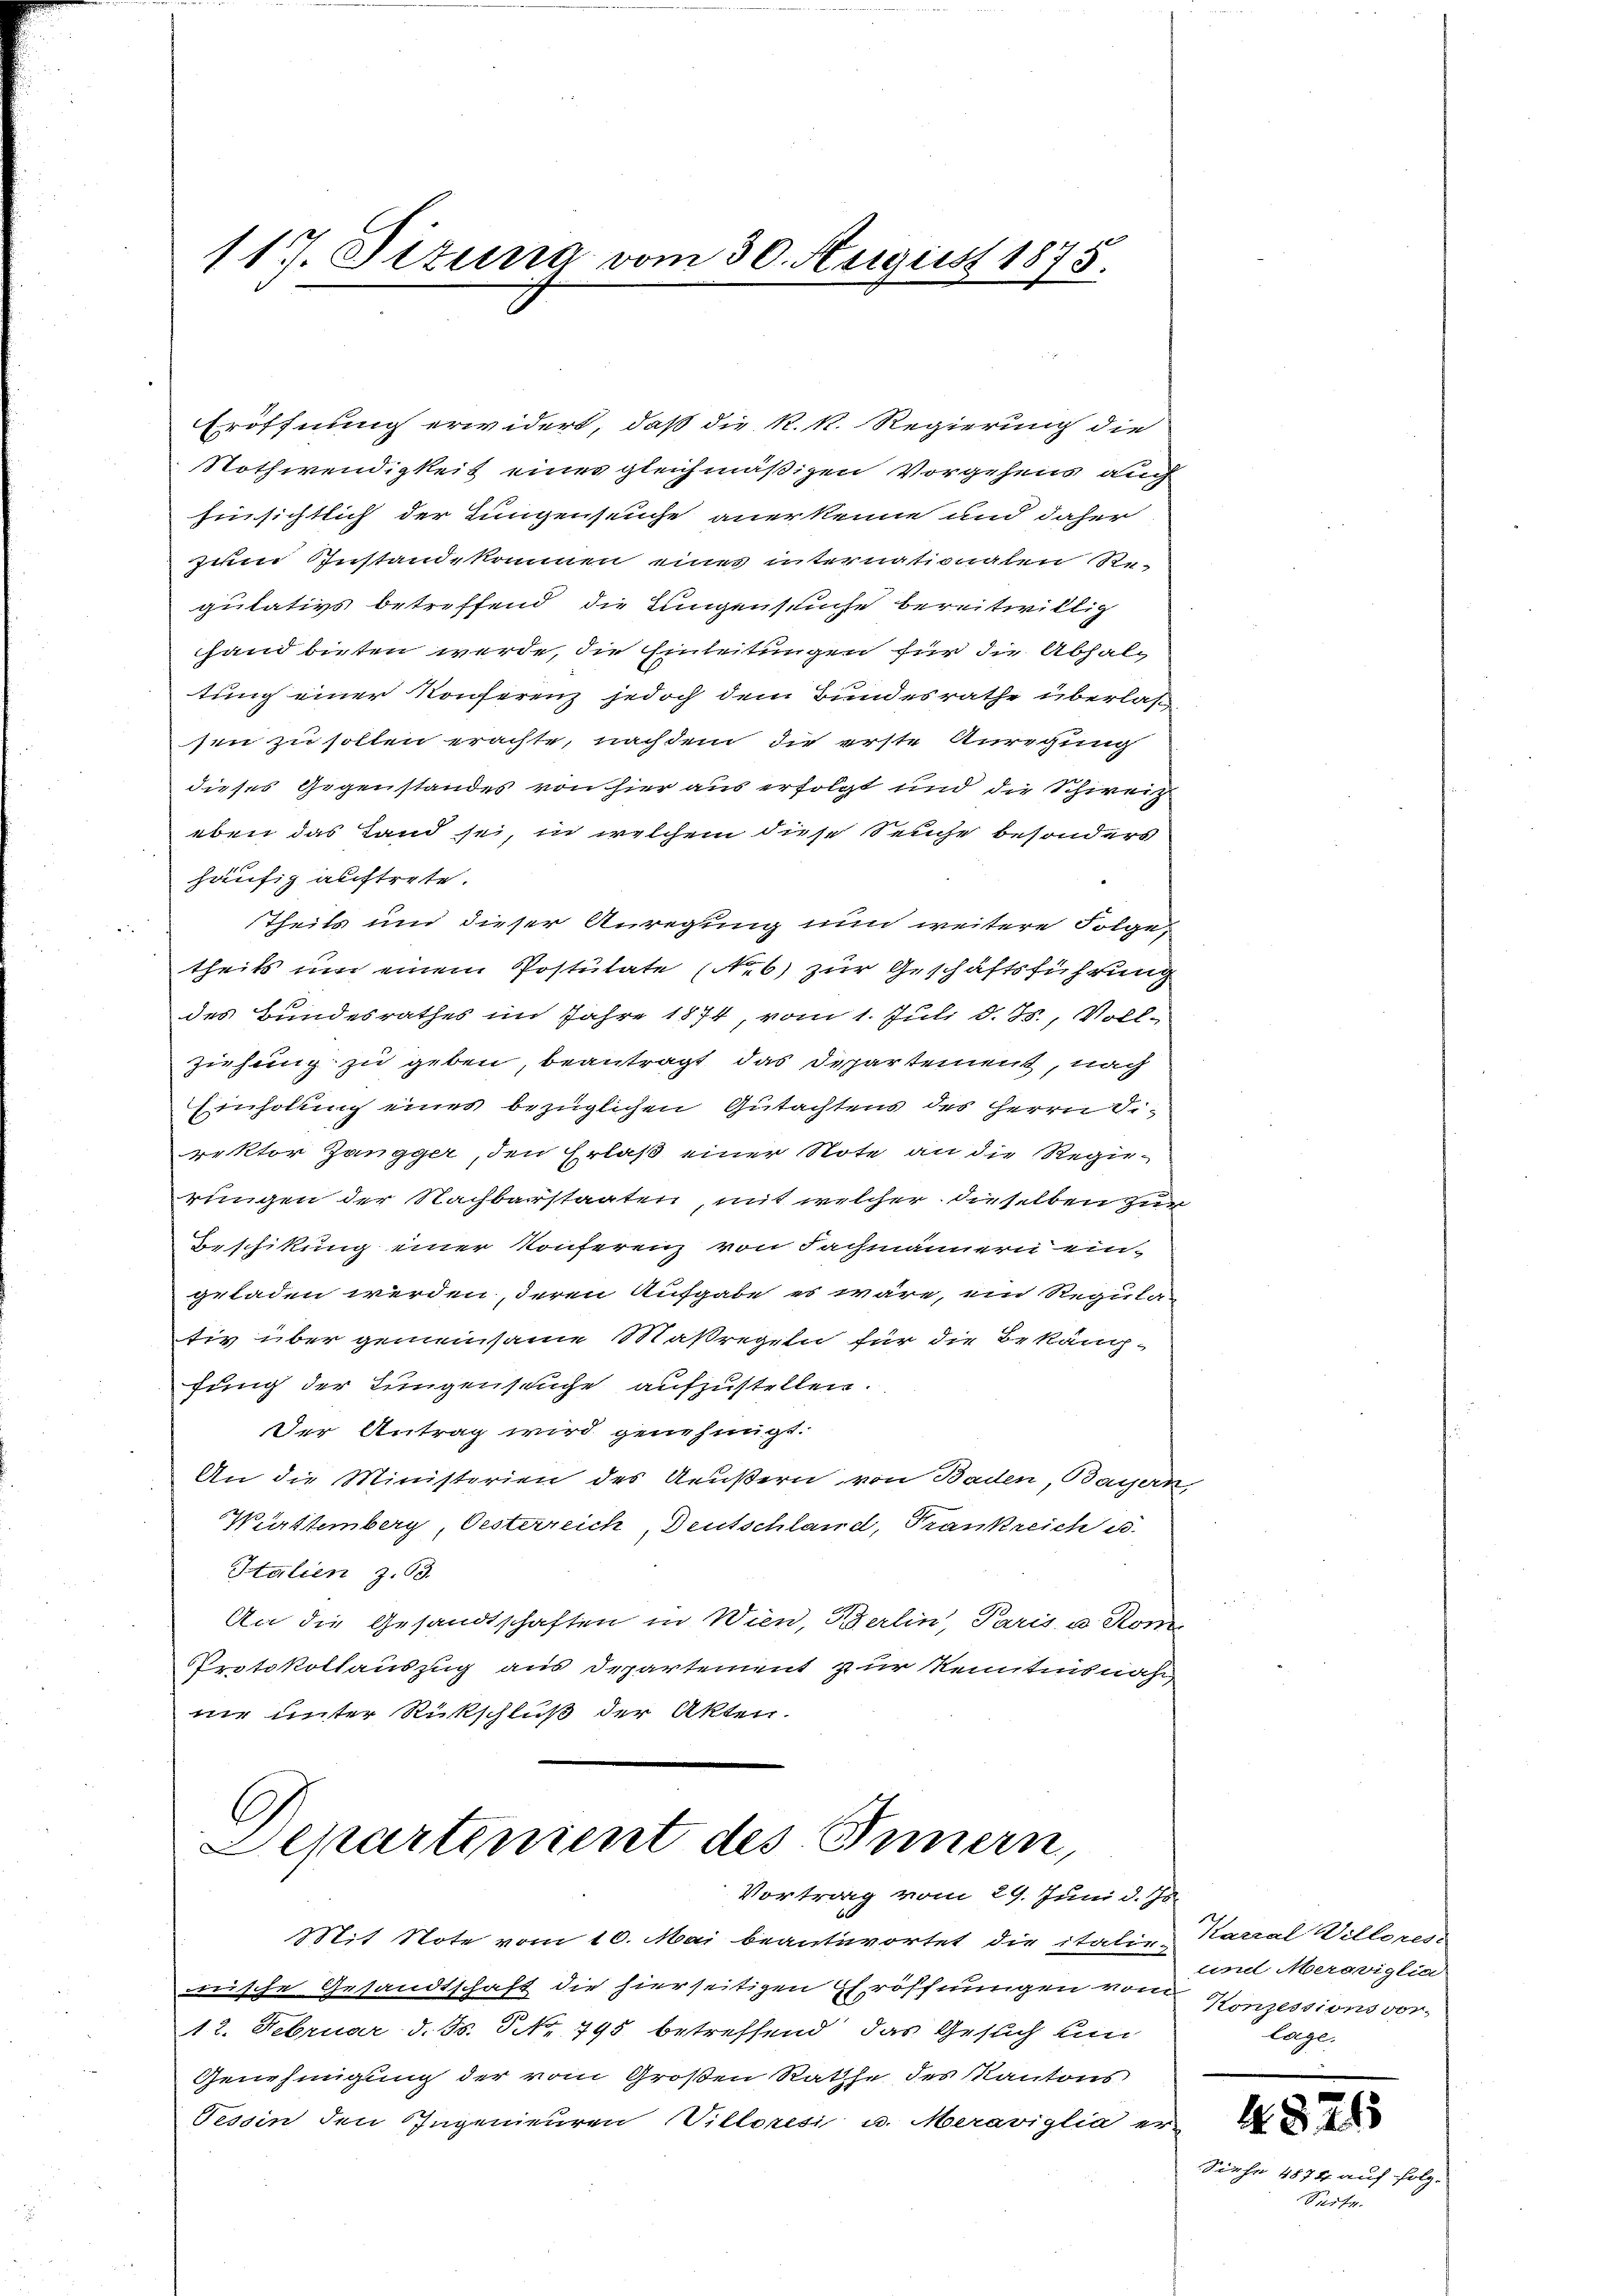
117. Situng vom 30. August 1875.

Eröffnung erwidert, daß die k. k. Regierung die
Nothwendigkeit eines gleichmäßigen Vorgehens aug
hinsichtlich der Lungenseuche anerkenne und daher
zum Zustandekommen eines internationalen Re-
putativs betreffend die Lungensche bereitwillig
hand bieten werde, die Einleitungen für die Abhalg
tung einer Konserenz jedoch dem Bundesrathe überlassen zu sollen erachte, nach dem die erste Anregung
dieses Gegenstandes von hier aus erfolgt und die Schweiz
eben das Land sei, in welchem diese Seuche besonders
häufig auftrete.
Theils und dieser Anregung nun weitere Folge
theils um einem Postulate (b) zur Geschäftsführung
des Bundesrathes im Jahre 1874, vom 1. Juli d. Js., Vollziehung zu geben, beantragt das Departement, nach
Einholung eines bezüglichen Gutachtens des Herrn Direktor Zangger, den Erlaß einer Note an die Regierungen der Nachbarstaaten, mit welcher dieselben zur
Beschikung einer Konferenz von Fachmännern ein-
geladen werden, deren Aufgabe es wäre, ein Regula
tiv über gemeinsame Maßregeln für die Bekang-
fung der Lungenseuche aufzustellen.
Der Antrag wird genehmigt.
An die Ministerien des Aeußern von Baden, Bayern,
Württemberg, Oesterreich, Deutschland, Frankreich u.
Halien z. 93.
An die Gesandtschaften in Wien, Berlin, Paris, u. Kom
Protokollauszug aus Departement zur Kenntnisnah
nie unter Rückschluß der Akten.
A
Departinient des Innern,
Vortrag vom 29. Juni d. Js.
Mit Note vom 10. Mai beantwortet die italie Karial Villores
nische Gesandtschaft die hierseitigen Eröffnungen vom Konzessions vor-
12. Februar d. Js. NNo. 795 betreffend das Gesuch um
Genehmigung der vom Großen Rathe des Kantons
Tessin den Ingenieuren Villeren u. Marariglia er

und Meroviglia
Cage.

Siehe

1874 auf folg-
Seite.